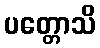
ပတ္တောသိ